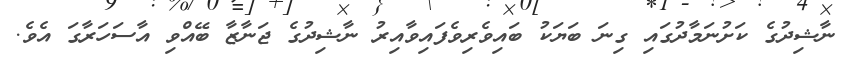
ނާޝިދުގެ ކަށުނަމާދުގައި ގިނަ ބަޔަކު ބައިވެރިވެފައިވާއިރު ނާޝިދުގެ ޖަނާޒާ ބޭއްވި އާސަހަރާގަ އެވެ.